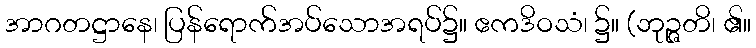
အာဂတဋ္ဌာနေ၊ ပြန်ရောက်အပ်သောအရပ်၌။ ဧကဒိဝသံ၊ ၌။ (ဘုဉ္ဇတိ၊ ၏။